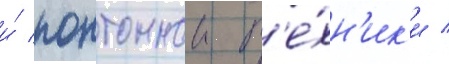
и́ понтоннои т'е́хн'ик'и /